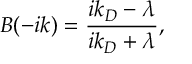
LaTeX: B ( - i k ) = \frac { i k _ { D } - \lambda } { i k _ { D } + \lambda } ,